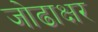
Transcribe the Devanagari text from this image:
जोढाक्षर